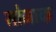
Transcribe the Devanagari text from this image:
सोजाक